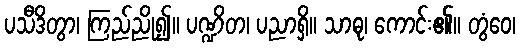
ပသီဒိတွာ၊ ကြည်ညို၍။ ပဏ္ဍိတ၊ ပညာရှိ။ သာဓု၊ ကောင်း၏။ တွံဝေ၊